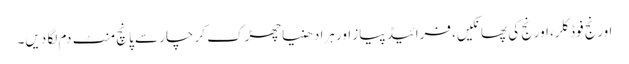
اورنج فوڈ کلر، اورنج کی پھانکیں، فرائیڈ پیاز اور ہرا دھنیا چھڑک کر چار سے پانچ منٹ دم لگا دیں۔